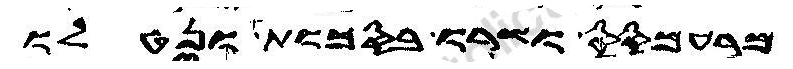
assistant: מרעמסס ושרו בסכות ונטלו